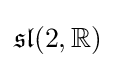
{\mathfrak {sl}}(2,\mathbb {R} )